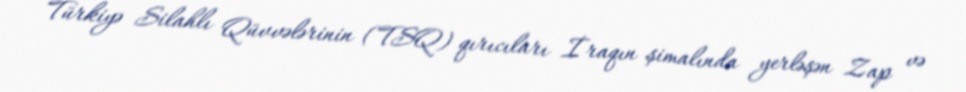
Türkiyə Silahlı Qüvvələrinin (TSQ) qırıcıları İraqın şimalında yerləşən Zap və